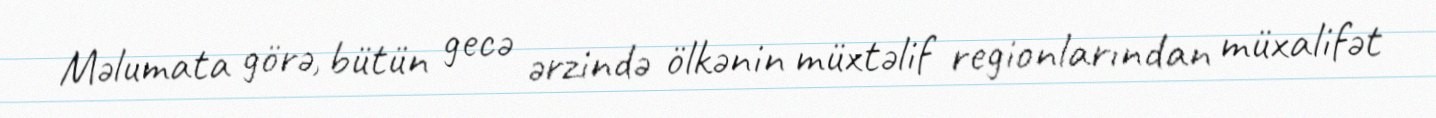
Məlumata görə, bütün gecə ərzində ölkənin müxtəlif regionlarından müxalifət